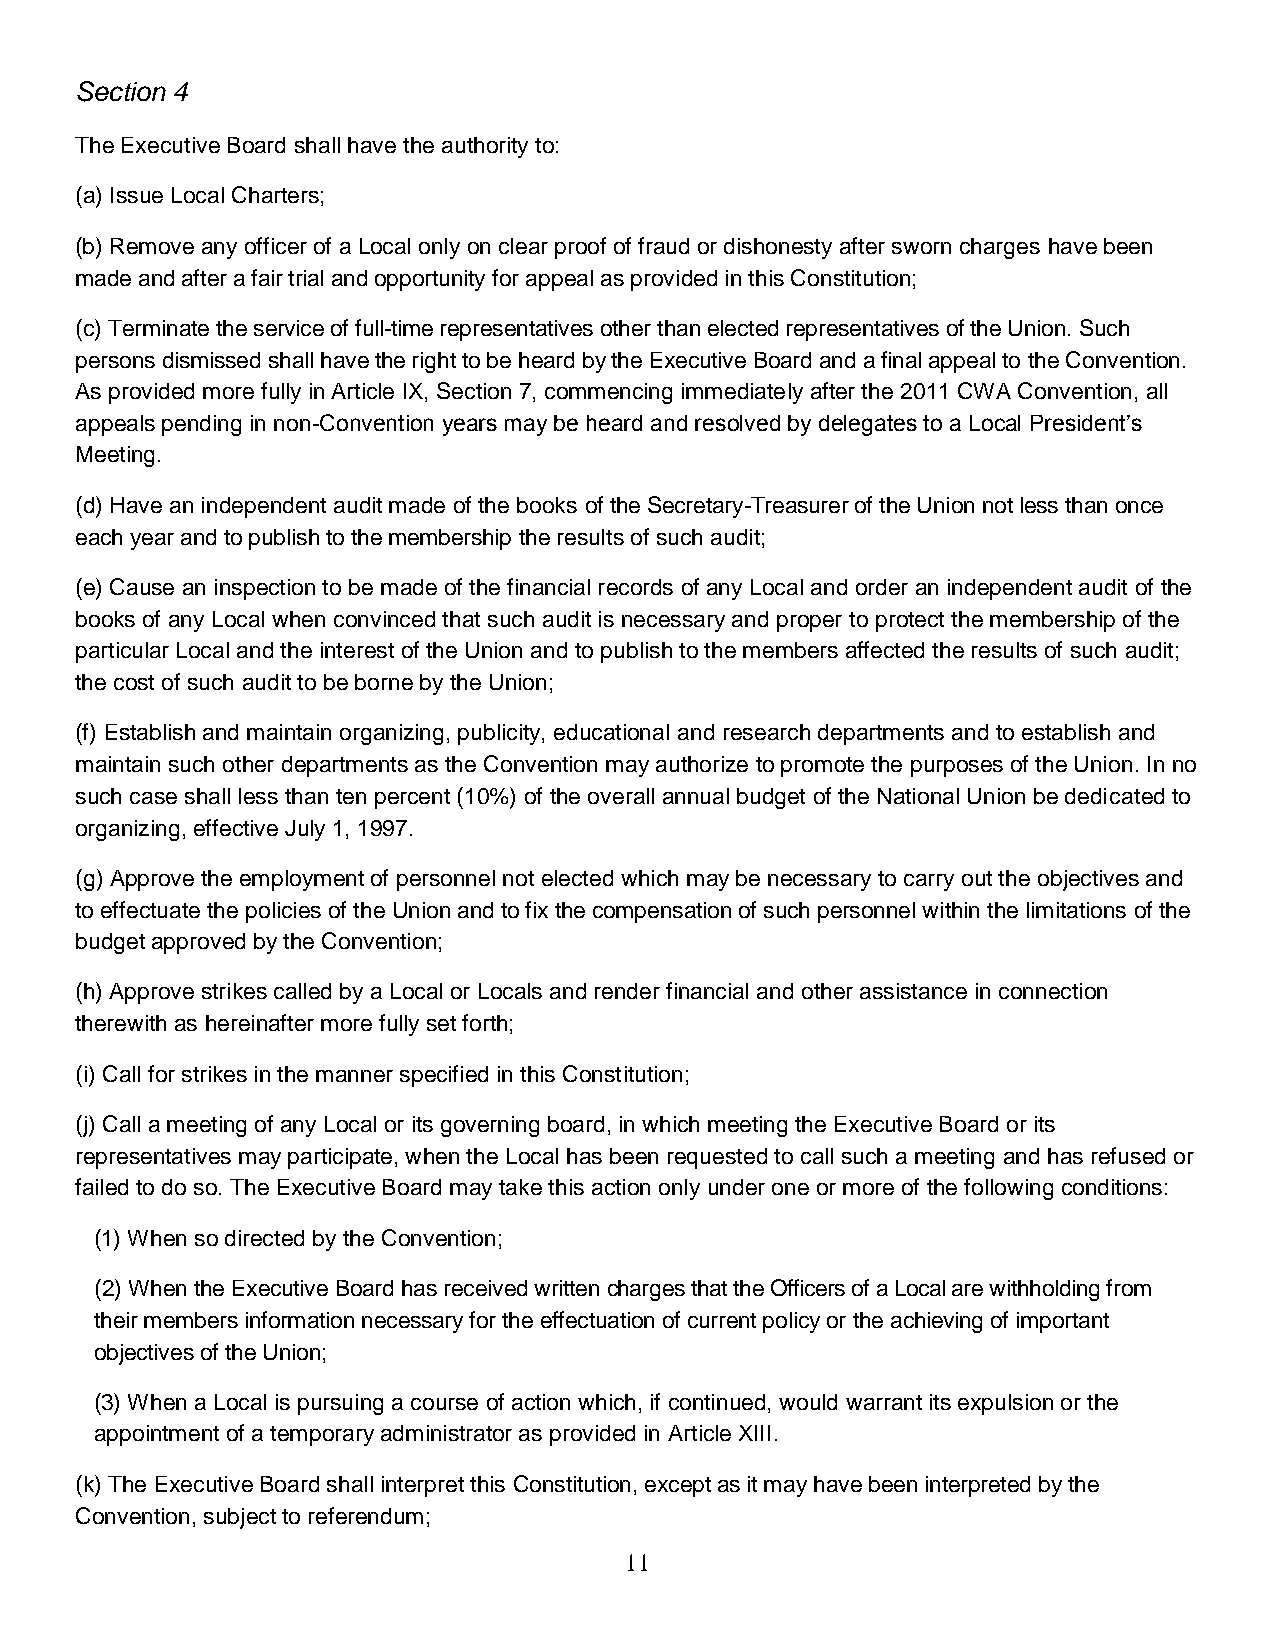
Section 4
 The Executive Board shall have the authority to:
 (a) Issue Local Charters;
 (b) Remove any officer of a Local only on clear proof of fraud or dishonesty after sworn charges have been
 made and after a fair trial and opportunity for appeal as provided in this Constitution;
 (c) Terminate the service of full-time representatives other than elected representatives of the Union. Such
 persons dismissed shall have the right to be heard by the Executive Board and a final appeal to the Convention.
 As provided more fully in Article IX, Section 7, commencing immediately after the 2011 CWA Convention, all
 appeals pending in non-Convention years may be heard and resolved by delegates to a Local President’s
 Meeting.
 (d) Have an independent audit made of the books of the Secretary-Treasurer of the Union not less than once
 each year and to publish to the membership the results of such audit;
 (e) Cause an inspection to be made of the financial records of any Local and order an independent audit of the
 books of any Local when convinced that such audit is necessary and proper to protect the membership of the
 particular Local and the interest of the Union and to publish to the members affected the results of such audit;
 the cost of such audit to be borne by the Union;
 (f) Establish and maintain organizing, publicity, educational and research departments and to establish and
 maintain such other departments as the Convention may authorize to promote the purposes of the Union. In no
 such case shall less than ten percent (10%) of the overall annual budget of the National Union be dedicated to
 organizing, effective July 1, 1997.
 (g) Approve the employment of personnel not elected which may be necessary to carry out the objectives and
 to effectuate the policies of the Union and to fix the compensation of such personnel within the limitations of the
 budget approved by the Convention;
 (h) Approve strikes called by a Local or Locals and render financial and other assistance in connection
 therewith as hereinafter more fully set forth;
 (i) Call for strikes in the manner specified in this Constitution;
 (j) Call a meeting of any Local or its governing board, in which meeting the Executive Board or its
 representatives may participate, when the Local has been requested to call such a meeting and has refused or
 failed to do so. The Executive Board may take this action only under one or more of the following conditions:
 (1) When so directed by the Convention;
 (2) When the Executive Board has received written charges that the Officers of a Local are withholding from
 their members information necessary for the effectuation of current policy or the achieving of important
 objectives of the Union;
 (3) When a Local is pursuing a course of action which, if continued, would warrant its expulsion or the
 appointment of a temporary administrator as provided in Article XIII.
 (k) The Executive Board shall interpret this Constitution, except as it may have been interpreted by the
 Convention, subject to referendum;
 11